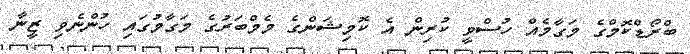
ބްރޯޑްކޮމްގެ މަގާމެއް ހުސްވީ ކުރިން އެ ކޮމިޝަންގެ މެމްބަރުގެ މަގާމުގައި ހުންނެވި ޒީނާ